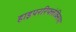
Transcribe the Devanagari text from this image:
हाइपररिफ्लेक्सिया